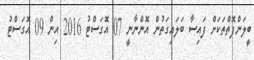
ބީލަންފޮތްތަކަށް ފައިސާ ބަލައިގަތުން އޮންނާނީ 07 އޮގަސްޓު 2016 އިން 09 އޮގަސްޓު